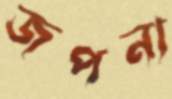
জপনা